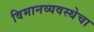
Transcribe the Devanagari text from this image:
विमानव्यवस्थेचा